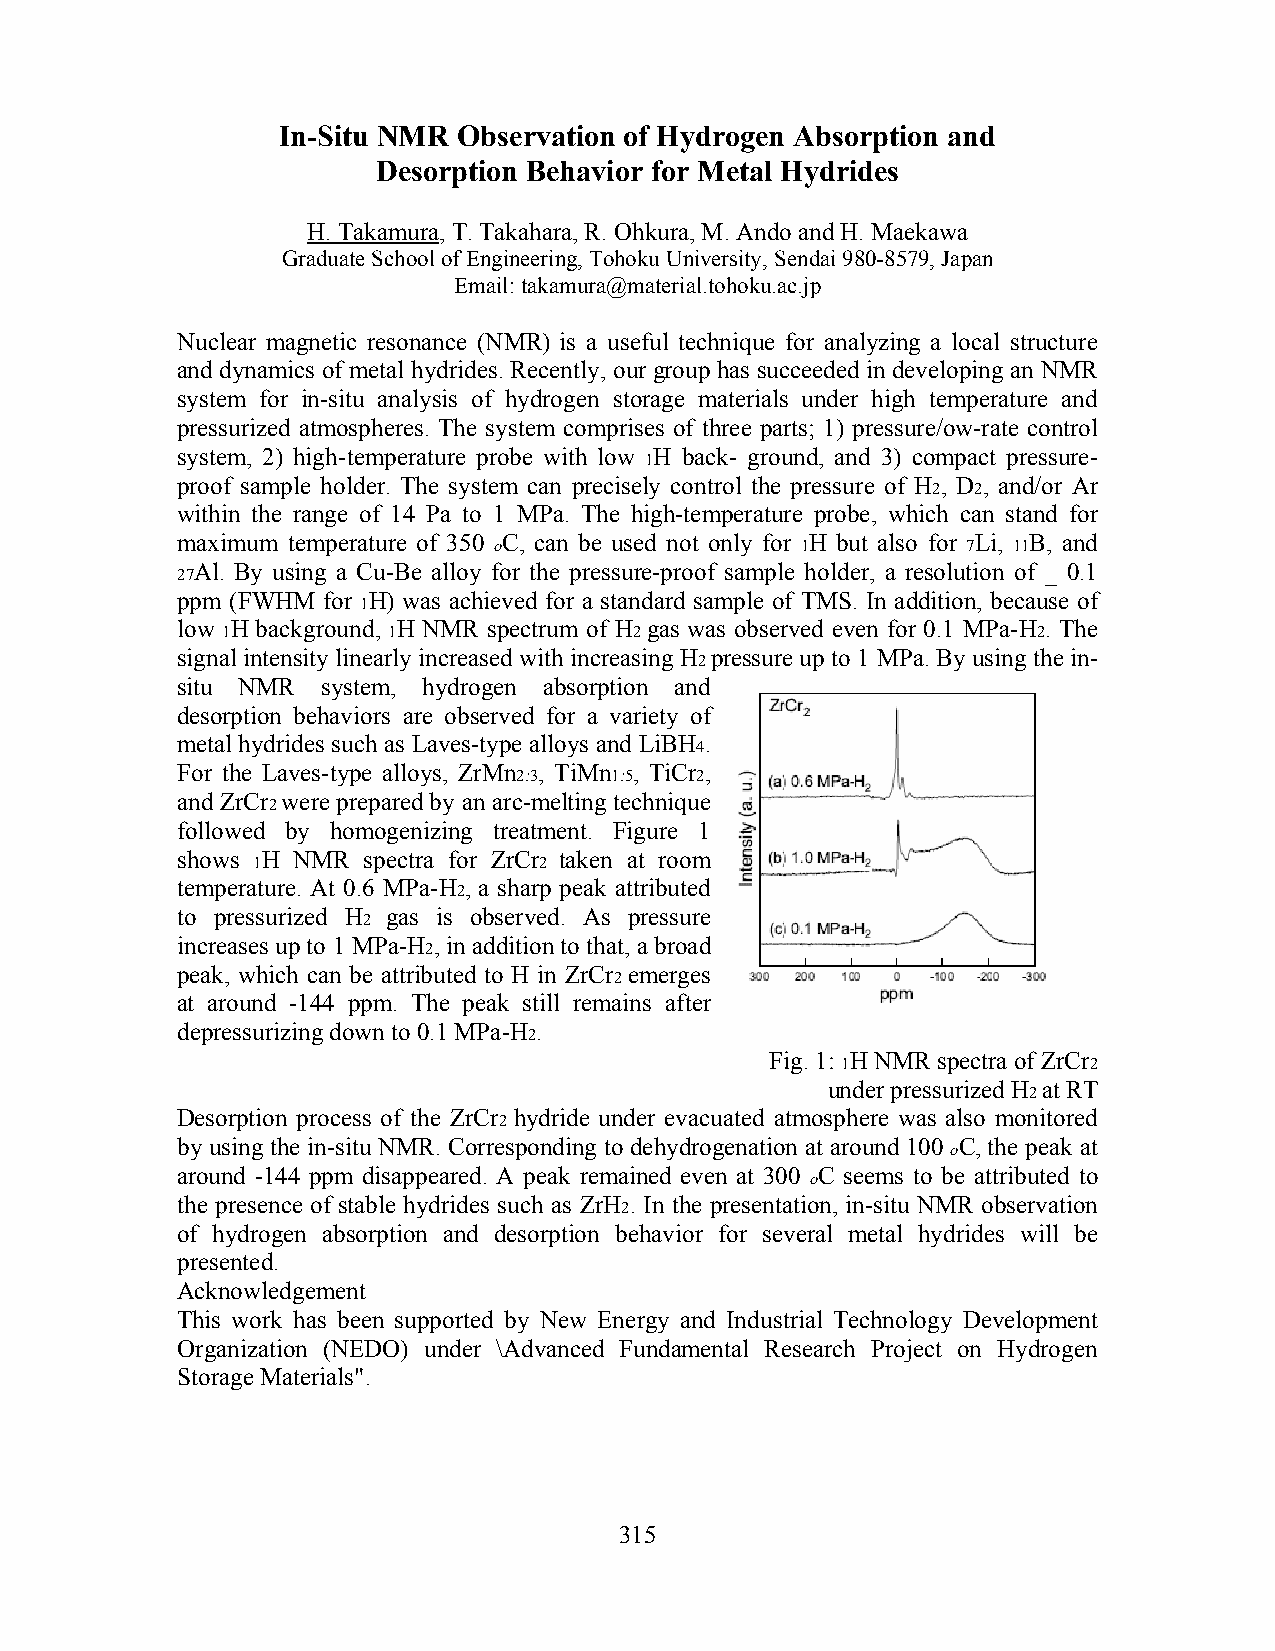
In-Situ NMR Observation of Hydrogen Absorption and
 Desorption Behavior for Metal Hydrides
 H. Takamura, T. Takahara, R. Ohkura, M. Ando and H. Maekawa
 Graduate School of Engineering, Tohoku University, Sendai 980-8579, Japan
 Email: takamura@material.tohoku.ac.jp
 Nuclear magnetic resonance (NMR) is a useful technique for analyzing a local structure
 and dynamics of metal hydrides. Recently, our group has succeeded in developing an NMR
 system for in-situ analysis of hydrogen storage materials under high temperature and
 pressurized atmospheres. The system comprises of three parts; 1) pressure/ow-rate control
 system, 2) high-temperature probe with low H back- ground, and 3) compact pressure-
 1
 proof sample holder. The system can precisely control the pressure of H , D , and/or Ar
 2  2
 within the range of 14 Pa to 1 MPa. The high-temperature probe, which can stand for
 maximum temperature of 350 C, can be used not only for H but also for Li, B, and
 o                   1          7  11
 Al. By using a Cu-Be alloy for the pressure-proof sample holder, a resolution of _ 0.1
 27
 ppm (FWHM for H) was achieved for a standard sample of TMS. In addition, because of
 1
 low H background, H NMR spectrum of H gas was observed even for 0.1 MPa-H . The
 1          1               2                          2
 signal intensity linearly increased with increasing H pressure up to 1 MPa. By using the in-
 2
 situ NMR system, hydrogen absorption and
 desorption behaviors are observed for a variety of
 metal hydrides such as Laves-type alloys and LiBH .
 4
 For the Laves-type alloys, ZrMn , TiMn , TiCr ,
 2:3   1:5   2
 and ZrCr were prepared by an arc-melting technique
 2
 followed by homogenizing treatment. Figure 1
 shows H NMR spectra for ZrCr taken at room
 1                  2
 temperature. At 0.6 MPa-H , a sharp peak attributed
 2
 to pressurized H gas is observed. As pressure
 2
 increases up to 1 MPa-H , in addition to that, a broad
 2
 peak, which can be attributed to H in ZrCr emerges
 2
 at around -144 ppm. The peak still remains after
 depressurizing down to 0.1 MPa-H .
 2
 Fig. 1: H NMR spectra of ZrCr
 1               2
 under pressurized H at RT
 2
 Desorption process of the ZrCr hydride under evacuated atmosphere was also monitored
 2
 by using the in-situ NMR. Corresponding to dehydrogenation at around 100 C, the peak at
 o
 around -144 ppm disappeared. A peak remained even at 300 C seems to be attributed to
 o
 the presence of stable hydrides such as ZrH . In the presentation, in-situ NMR observation
 2
 of hydrogen absorption and desorption behavior for several metal hydrides will be
 presented.
 Acknowledgement
 This work has been supported by New Energy and Industrial Technology Development
 Organization (NEDO) under \Advanced Fundamental Research Project on Hydrogen
 Storage Materials".
 315